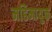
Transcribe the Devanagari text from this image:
महिमायुक्त